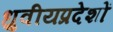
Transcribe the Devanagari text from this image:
ध्रुवीयप्रदेशों